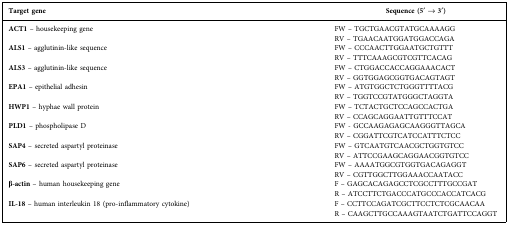
| Target gene | Sequence (5′ → 3′) |
 | --- | --- |
 | ACT1 – housekeeping gene | FW – TGCTGAACGTATGCAAAAGGRV – TGAACAATGGATGGACCAGA |
 | ALS1 – agglutinin-like sequence | FW – CCCAACTTGGAATGCTGTTTRV – TTTCAAAGCGTCGTTCACAG |
 | ALS3 – agglutinin-like sequence | FW – CTGGACCACCAGGAAACACTRV – GGTGGAGCGGTGACAGTAGT |
 | EPA1 – epithelial adhesin | FW – ATGTGGCTCTGGGTTTTACGRV – TGGTCCGTATGGGCTAGGTA |
 | HWP1 – hyphae wall protein | FW – TCTACTGCTCCAGCCACTGARV – CCAGCAGGAATTGTTTCCAT |
 | PLD1 – phospholipase D | FW - GCCAAGAGAGCAAGGGTTAGCARV – CGGATTCGTCATCCATTTCTCC |
 | SAP4 – secreted aspartyl proteinase | FW – GTCAATGTCAACGCTGGTGTCCRV – ATTCCGAAGCAGGAACGGTGTCC |
 | SAP6 – secreted aspartyl proteinase | FW – AAAATGGCGTGGTGACAGAGGTRV – CGTTGGCTTGGAAACCAATACC |
 | β-actin – human housekeeping gene | F – GAGCACAGAGCCTCGCCTTTGCCGATR – ATCCTTCTGACCCATGCCCACCATCACG |
 | IL-18 – human interleukin 18 (pro-inflammatory cytokine) | F – CCTTCCAGATCGCTTCCTCTCGCAACAAR – CAAGCTTGCCAAAGTAATCTGATTCCAGGT |